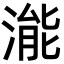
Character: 㴰